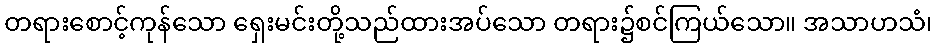
တရားစောင့်ကုန်သော ရှေးမင်းတို့သည်ထားအပ်သော တရား၌စင်ကြယ်သော။ အသာဟသံ၊